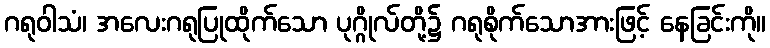
ဂရုဝါသံ၊ အလေးဂရုပြုထိုက်သော ပုဂ္ဂိုလ်တို့၌ ဂရုစိုက်သောအားဖြင့် နေခြင်းကို။